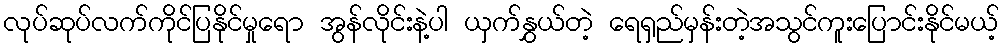
လုပ်ဆုပ်လက်ကိုင်ပြနိုင်မှုရော အွန်လိုင်းနဲ့ပါ ယှက်နွှယ်တဲ့ ရေရှည်မှန်းတဲ့အသွင်ကူးပြောင်းနိုင်မယ့်